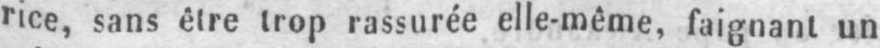
rice, sans être trop rassurée elle-même, faignant un